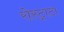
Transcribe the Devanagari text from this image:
रोस्ट्राटा